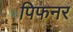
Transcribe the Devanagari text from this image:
पिफनर